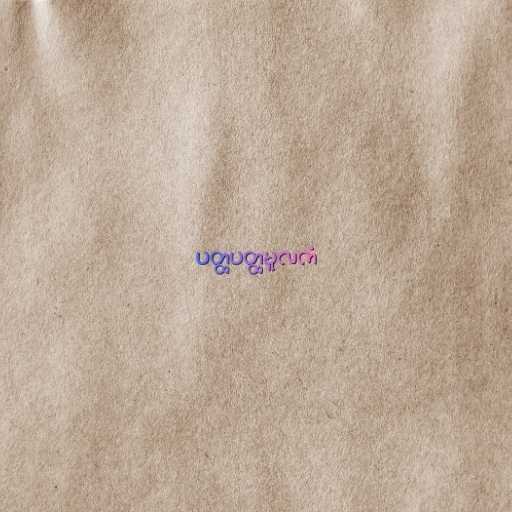
ပတ္ထပတ္ထမူလကံ